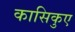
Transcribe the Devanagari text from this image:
कासिकुए